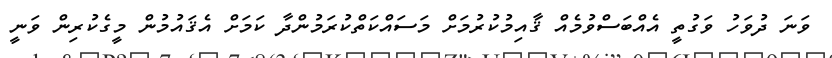
ވަނަ ދުވަހު ވަގުތީ އެއްބަސްވުމެއް ޤާއިމުކުރުމަށް މަސައްކަތްކުރަމުންދާ ކަމަށް އެޤައުމުން މީގެކުރިން ވަނީ